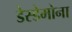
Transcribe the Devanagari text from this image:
डेस्डेमोना